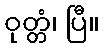
ဝုတ္တံ၊ ပြီ။